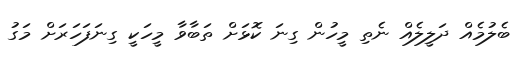
ބެލުމެއް ދަލީލެއް ނެތި މީހުން ގިނަ ކޮޅަށް ތަބާވާ މީހަކީ ގިނަފަހަރަށް މަގު